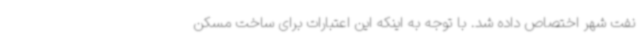
نفت شهر اختصاص داده شد. با توجه به اینکه این اعتبارات برای ساخت مسکن